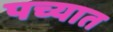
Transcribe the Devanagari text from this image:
पच्यात